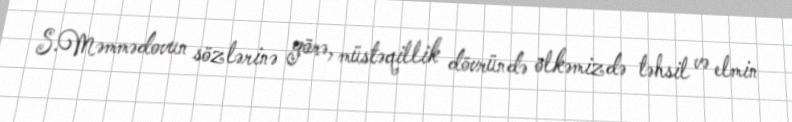
S.Məmmədovun sözlərinə görə, müstəqillik dövründə ölkəmizdə təhsil və elmin